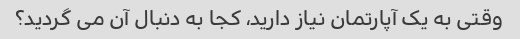
وقتی به یک آپارتمان نیاز دارید، کجا به دنبال آن می گردید؟